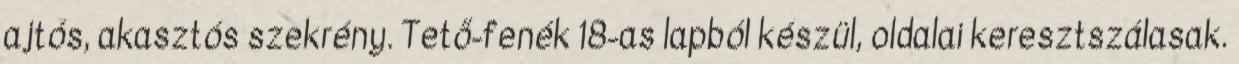
ajtós, akasztós szekrény. Tető-fenék 18-as lapból készül, oldalai keresztszálasak.